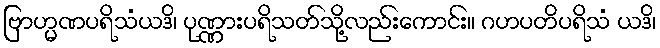
ဗြာဟ္မဏပရိသံယဒိ၊ ပုဏ္ဏားပရိသတ်သို့လည်းကောင်း။ ဂဟပတိပရိသံ ယဒိ၊